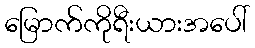
မြောက်ကိုရီးယားအပေါ်